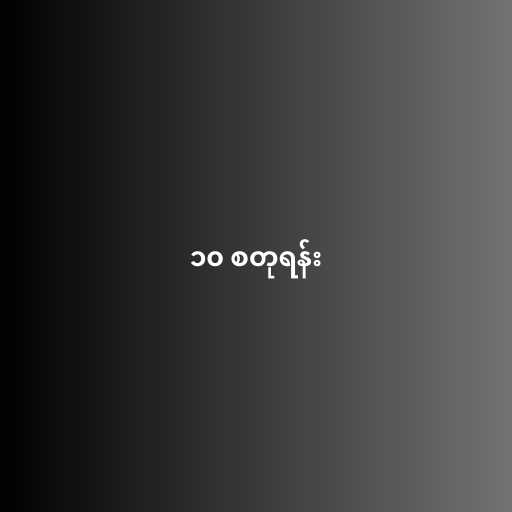
၁၀ စတုရန်း